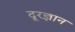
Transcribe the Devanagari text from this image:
दूरज्ञान